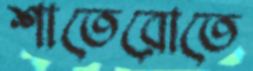
শাতেরোতে